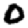
Digit: 0